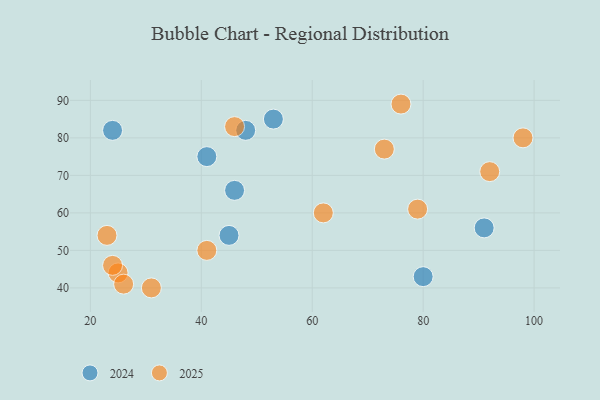
{"axis": {"x": "GDP", "y": "Life Expectancy"}, "legend": ["2024", "2025"], "data": [{"x": "79", "y": 61, "type": "2025"}, {"x": "31", "y": 40, "type": "2025"}, {"x": "98", "y": 80, "type": "2025"}, {"x": "25", "y": 44, "type": "2025"}, {"x": "46", "y": 83, "type": "2025"}, {"x": "73", "y": 77, "type": "2025"}, {"x": "26", "y": 41, "type": "2025"}, {"x": "62", "y": 60, "type": "2025"}, {"x": "23", "y": 54, "type": "2025"}, {"x": "76", "y": 89, "type": "2025"}, {"x": "24", "y": 46, "type": "2025"}, {"x": "41", "y": 50, "type": "2025"}, {"x": "92", "y": 71, "type": "2025"}, {"x": "80", "y": 43, "type": "2024"}, {"x": "45", "y": 54, "type": "2024"}, {"x": "41", "y": 75, "type": "2024"}, {"x": "24", "y": 82, "type": "2024"}, {"x": "91", "y": 56, "type": "2024"}, {"x": "53", "y": 85, "type": "2024"}, {"x": "46", "y": 66, "type": "2024"}, {"x": "48", "y": 82, "type": "2024"}]}